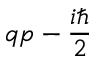
q p - { \frac { i \hbar } { 2 } }